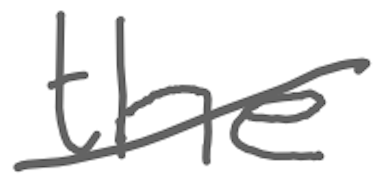
Text: the
Cross-out: diagonal
Writing tool: digital_gray